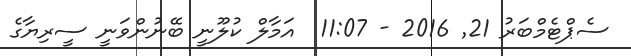
ސެޕްޓެމްބަރު 21